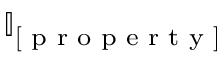
\mathbb { I } _ { [ \textup { p r o p e r t y } ] }